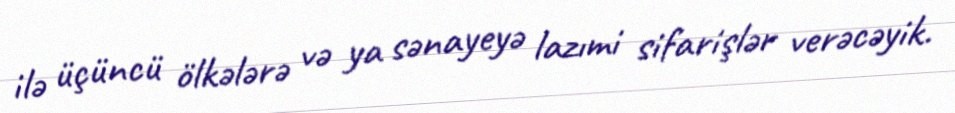
ilə üçüncü ölkələrə və ya sənayeyə lazımi sifarişlər verəcəyik.